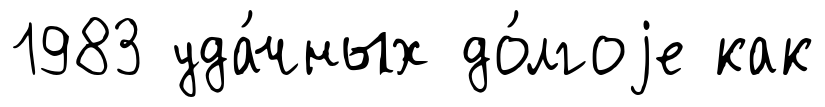
1983 уда́чных до́лгоjе как